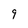
Character: 9